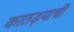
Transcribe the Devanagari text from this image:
कातड्याची